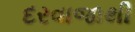
દરવાજાથી